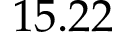
1 5 . 2 2